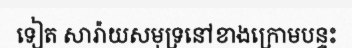
ទៀត សារ៉ាយសមុទ្រនៅខាងក្រោមបន្ទះ